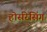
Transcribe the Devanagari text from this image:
होर्सरेसिंग